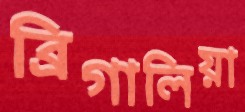
ব্রিগালিয়া